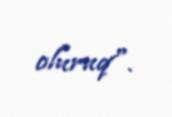
oluruq".